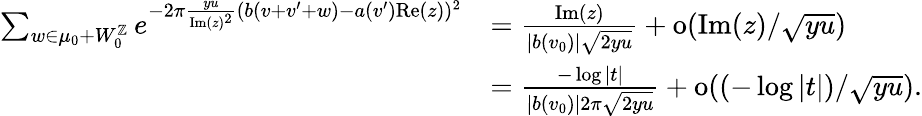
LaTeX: \begin{array}{rl}{\sum_{w\in\mu_{0}+W_{0}^{\mathbb{Z}}}e^{-2\pi\frac{yu}{\mathrm{Im}(z)^{2}}(b(v+v^{\prime}+w)-a(v^{\prime})\mathrm{Re}(z))^{2}}}&{=\frac{\mathrm{Im}(z)}{|b(v_{0})|\sqrt{2yu}}+\mathrm{o}(\mathrm{Im}(z)/\sqrt{yu})}\\ &{=\frac{-\log|t|}{|b(v_{0})|2\pi\sqrt{2yu}}+\mathrm{o}((-\log|t|)/\sqrt{yu}).}\end{array}